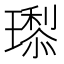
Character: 𭺇